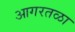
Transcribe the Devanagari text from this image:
आगरतळा